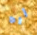
اره